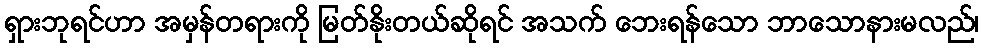
ရှားဘုရင်ဟာ အမှန်တရားကို မြတ်နိုးတယ်ဆိုရင် အသက် ဘေးရန်သော ဘာသောနားမလည်၊